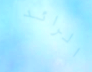
الرائد